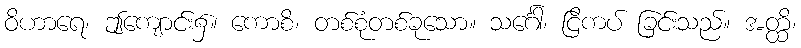
ဝိဟာရေ၊ ဤကျောင်း၌။ ကောစိ၊ တစ်စုံတစ်ခုသော။ သင်္ဂေါ၊ ငြိကပ် ခြင်းသည်။ အတ္ထိ၊